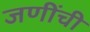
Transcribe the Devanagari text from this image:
जणींची